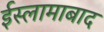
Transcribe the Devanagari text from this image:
ईस्लामाबाद